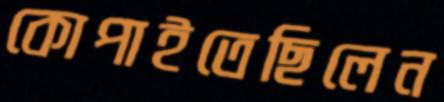
কোপাইতেছিলেন